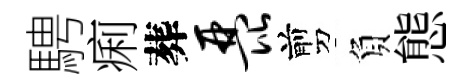
騁痢葬琵剪負態